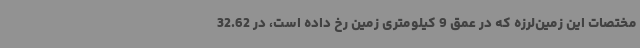
مختصات این زمین‌لرزه که در عمق 9 کیلومتری زمین رخ داده است، در 32.62